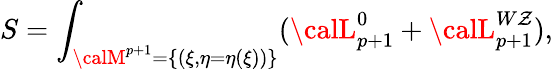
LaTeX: S=\int_{{\calM}^{p+1}=\{ (\xi,\eta=\eta(\xi))\} }({\calL}_{p+1}^{0}+{\calL}_{p+1}^{W\mathcal{Z}}),